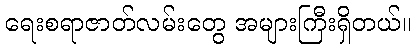
ရေးစရာဇာတ်လမ်းတွေ အများကြီးရှိတယ်။